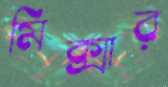
মিক্সার